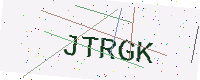
Text: JTRGK